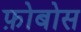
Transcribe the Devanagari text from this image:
फ़ोबोस